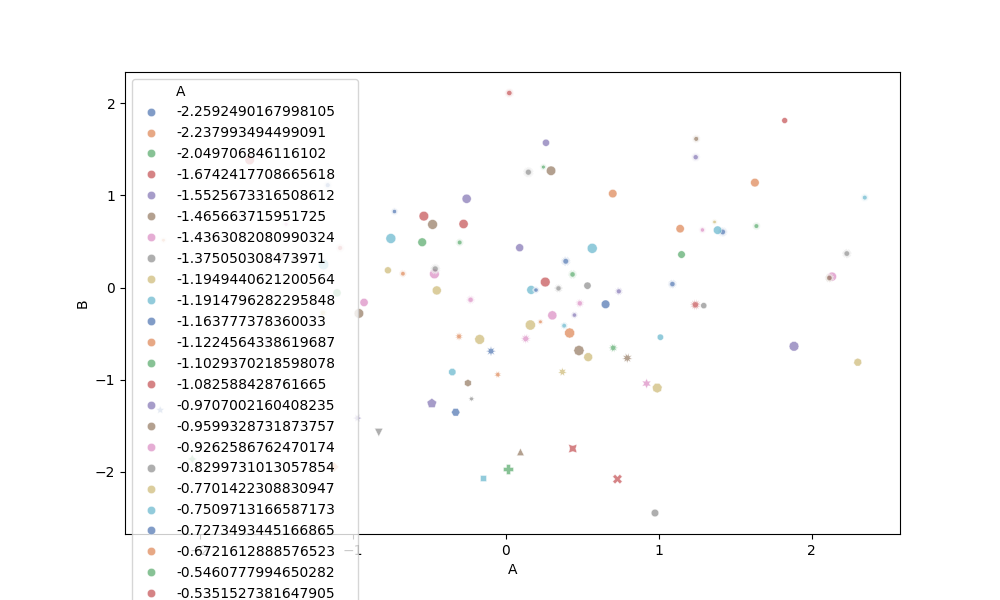
python, seaborn, scatterplot, hue='A', style='B', size='C', palette='deep', alpha=0.7